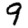
Digit: 9